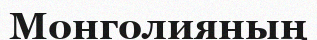
Монголияның